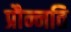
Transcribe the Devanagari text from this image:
प्रौन्नति